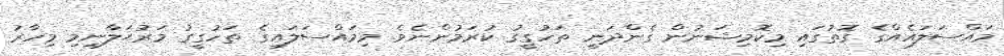
މައްސަލައެއްގެ ގޮތުގައި މިކޮމިޝަނުން ގެންދަނީ ތަހުގީގު ކުރަމުންނެވެ. މިމައްސަލައިގެ ތަހުގީގު މަރުޙަލާނިމި މިހާރު